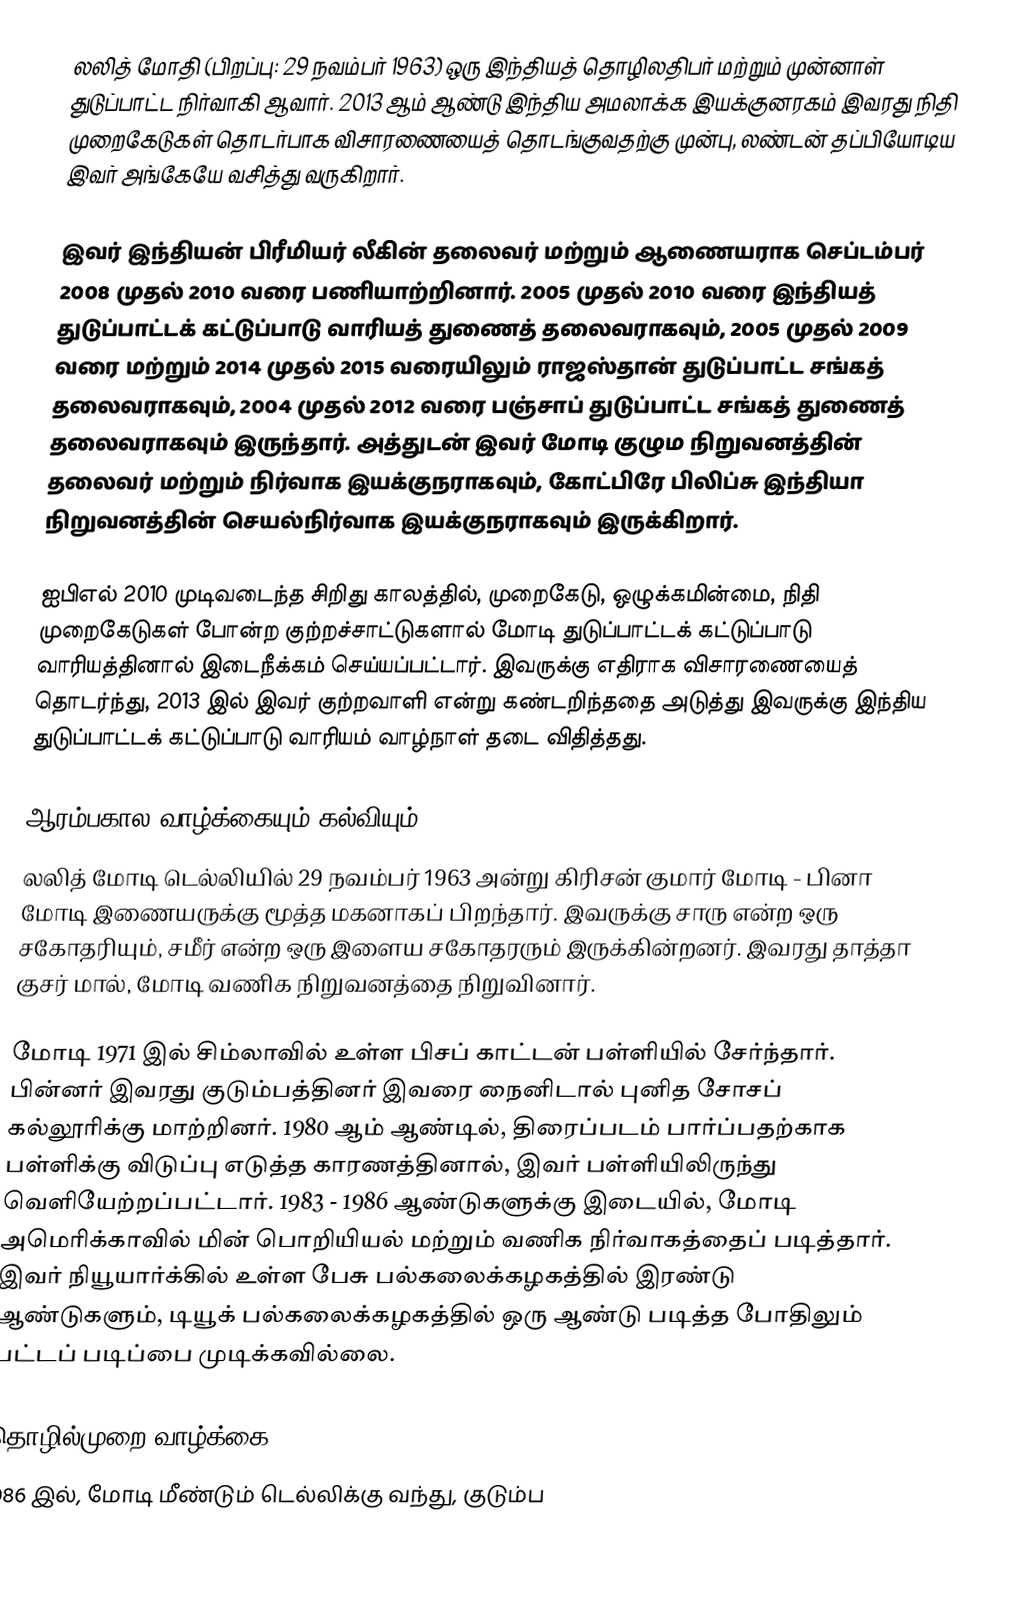
லலித் மோதி (பிறப்பு: 29 நவம்பர் 1963) ஒரு இந்தியத் தொழிலதிபர் மற்றும் முன்னாள் துடுப்பாட்ட நிர்வாகி ஆவார். 2013 ஆம் ஆண்டு இந்திய அமலாக்க இயக்குனரகம் இவரது நிதி முறைகேடுகள் தொடர்பாக விசாரணையைத் தொடங்குவதற்கு முன்பு, லண்டன் தப்பியோடிய இவர் அங்கேயே வசித்து வருகிறார்.

இவர் இந்தியன் பிரீமியர் லீகின் தலைவர் மற்றும் ஆணையராக செப்டம்பர் 2008 முதல் 2010 வரை பணியாற்றினார். 2005 முதல் 2010 வரை  இந்தியத் துடுப்பாட்டக் கட்டுப்பாடு வாரியத் துணைத் தலைவராகவும், 2005 முதல் 2009 வரை மற்றும் 2014 முதல் 2015 வரையிலும் ராஜஸ்தான் துடுப்பாட்ட சங்கத் தலைவராகவும், 2004 முதல் 2012 வரை பஞ்சாப் துடுப்பாட்ட சங்கத் துணைத் தலைவராகவும் இருந்தார். அத்துடன் இவர் மோடி குழும நிறுவனத்தின் தலைவர் மற்றும் நிர்வாக இயக்குநராகவும், கோட்பிரே பிலிப்சு இந்தியா நிறுவனத்தின் செயல்நிர்வாக இயக்குநராகவும் இருக்கிறார்.

ஐபிஎல் 2010 முடிவடைந்த சிறிது காலத்தில், முறைகேடு, ஒழுக்கமின்மை, நிதி முறைகேடுகள் போன்ற குற்றச்சாட்டுகளால் மோடி துடுப்பாட்டக் கட்டுப்பாடு வாரியத்தினால் இடைநீக்கம் செய்யப்பட்டார். இவருக்கு எதிராக விசாரணையைத் தொடர்ந்து, 2013 இல் இவர் குற்றவாளி என்று கண்டறிந்ததை அடுத்து இவருக்கு இந்திய துடுப்பாட்டக் கட்டுப்பாடு வாரியம் வாழ்நாள் தடை விதித்தது.

ஆரம்பகால வாழ்க்கையும் கல்வியும்
லலித் மோடி டெல்லியில் 29 நவம்பர் 1963 அன்று கிரிசன் குமார் மோடி - பினா மோடி இணையருக்கு மூத்த மகனாகப் பிறந்தார். இவருக்கு சாரு என்ற ஒரு சகோதரியும், சமீர் என்ற ஒரு இளைய சகோதரரும் இருக்கின்றனர். இவரது தாத்தா குசர் மால், மோடி வணிக நிறுவனத்தை நிறுவினார்.

மோடி 1971 இல் சிம்லாவில் உள்ள பிசப் காட்டன் பள்ளியில் சேர்ந்தார். பின்னர் இவரது குடும்பத்தினர் இவரை நைனிடால் புனித சோசப் கல்லூரிக்கு மாற்றினர். 1980 ஆம் ஆண்டில், திரைப்படம் பார்ப்பதற்காக பள்ளிக்கு விடுப்பு எடுத்த காரணத்தினால், இவர் பள்ளியிலிருந்து வெளியேற்றப்பட்டார். 1983 - 1986 ஆண்டுகளுக்கு இடையில், மோடி அமெரிக்காவில் மின் பொறியியல் மற்றும் வணிக நிர்வாகத்தைப் படித்தார். இவர் நியூயார்க்கில் உள்ள பேசு பல்கலைக்கழகத்தில் இரண்டு ஆண்டுகளும், டியூக் பல்கலைக்கழகத்தில் ஒரு ஆண்டு படித்த போதிலும் பட்டப் படிப்பை முடிக்கவில்லை.

தொழில்முறை வாழ்க்கை
1986 இல், மோடி மீண்டும் டெல்லிக்கு வந்து, குடும்ப